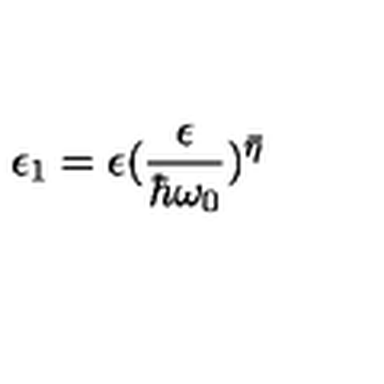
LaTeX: \epsilon _ { 1 } = \epsilon ( \frac { \epsilon } { \hbar \omega _ { 0 } } ) ^ { \bar { \eta } }